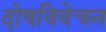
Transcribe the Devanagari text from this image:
दोषविवेचन